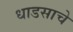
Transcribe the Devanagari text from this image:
धाडसाचे